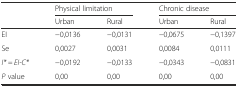
<table><thead><tr><td rowspan="2"></td><td colspan="2"><b>Physical limitation</b></td><td colspan="2"><b>Chronic disease</b></td></tr><tr><td><b>Urban</b></td><td><b>Rural</b></td><td><b>Urban</b></td><td><b>Rural</b></td></tr></thead><tbody><tr><td>EI</td><td>−0,0136</td><td>−0,0131</td><td>−0,0675</td><td>−0,1397</td></tr><tr><td>Se</td><td>0,0027</td><td>0,0031</td><td>0,0084</td><td>0,0111</td></tr><tr><td><i>I* = EI-C*</i></td><td>−0,0192</td><td>−0,0133</td><td>−0,0343</td><td>−0,0831</td></tr><tr><td><i>P</i> value</td><td>0,00</td><td>0,00</td><td>0,00</td><td>0,00</td></tr></tbody></table>